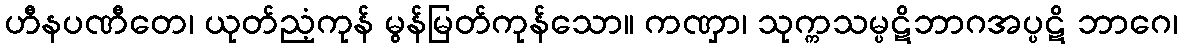
ဟီနပဏီတေ၊ ယုတ်ညံ့ကုန် မွန်မြတ်ကုန်သော။ ကဏှာ၊ သုက္ကသမ္ပဋိဘာဂအပ္ပဋိ ဘာဂေ၊